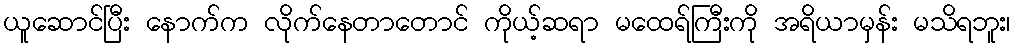
ယူဆောင်ပြီး နောက်က လိုက်နေတာတောင် ကိုယ့်ဆရာ မထေရ်ကြီးကို အရိယာမှန်း မသိရဘူး၊